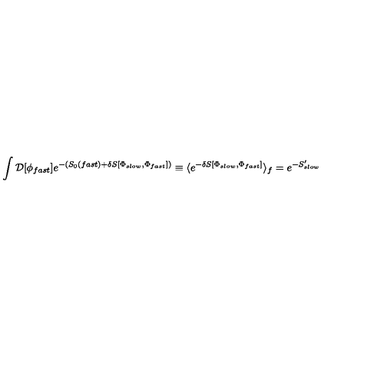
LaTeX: \int { \cal D } [ \phi _ { f a s t } ] e ^ { - ( S _ { 0 } ( f a s t ) + \delta S [ \Phi _ { s l o w } , \Phi _ { f a s t } ] ) } \equiv \langle e ^ { - \delta S [ \Phi _ { s l o w } , \Phi _ { f a s t } ] } \rangle _ { f } = e ^ { - S _ { s l o w } ^ { \prime } }